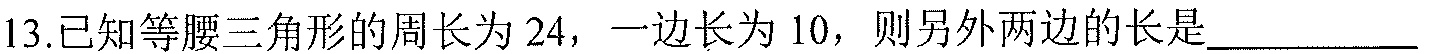
13.已知等腰三角形的周长为$24$，一边长为$10$，则另外两边的长是_________